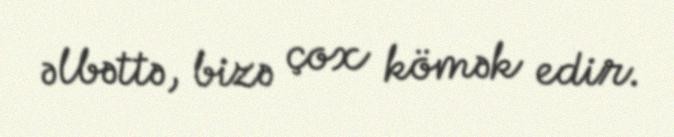
əlbəttə, bizə çox kömək edir.